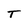
Character: T